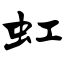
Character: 虹